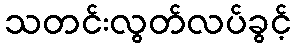
သတင်းလွတ်လပ်ခွင့်